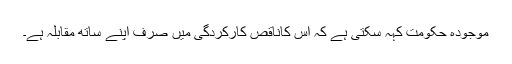
موجودہ حکومت کہہ سکتی ہے کہ اس کاناقص کارکردگی میں صرف اپنے ساتھ مقابلہ ہے۔